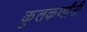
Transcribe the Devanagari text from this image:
कुलकर्णांनी